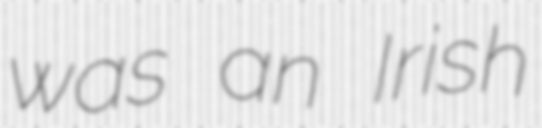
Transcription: was an Irish